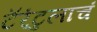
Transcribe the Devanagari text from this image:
टॅरंटुलाचं